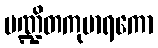
ပဏ္ဍိတကုမာရကော